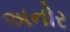
અનોર